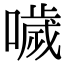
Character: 噦